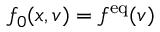
f _ { 0 } ( x , v ) = f ^ { \mathrm { e q } } ( v )